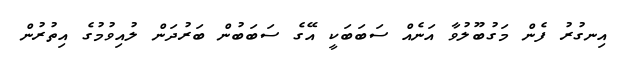
އިނގުރު ފެން މަގުބޫލުވާ އަނެއް ސަބަބަކީ އޭގެ ސަބަބުން ބަރުދަން ލުއިވުމުގެ އިތުރުން